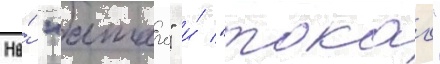
На́ "атаго" и́ "такао"